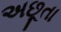
અછૂતા